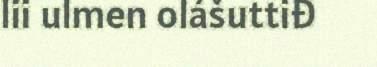
lii ulmen olášuttiđ